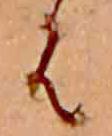
は